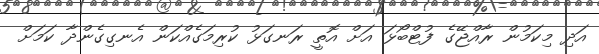
އަދި މިކަމުން ރާއްޖޭގެ ފުޓްބޯޅަ އަށް އޮތީ ރަނގަޅު ކުރިމަގެއްކަން އެނގިގެންދާ ކަމަށް